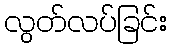
လွတ်လပ်ခြင်း